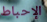
الإحباط